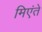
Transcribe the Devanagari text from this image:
मिएंते